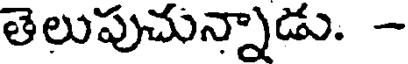
తెలుపుచున్నాడు. -